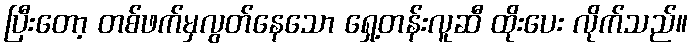
ပြီးတော့ တစ်ဖက်မှလွတ်နေသော ရှေ့တန်းလူဆီ ထိုးပေး လိုက်သည်။